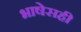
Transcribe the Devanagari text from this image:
भाषेसही